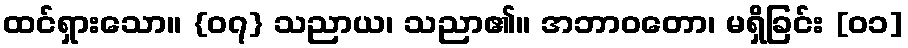
ထင်ရှားသော။ {၀၇} သညာယ၊ သညာ၏။ အဘာဝတော၊ မရှိခြင်း [၀၁]